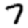
Digit: 7